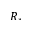
R _ { * }